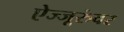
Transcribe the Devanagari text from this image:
ऐज्जूरुंवर